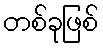
တစ်ခုဖြစ်